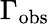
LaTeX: \Gamma_{\mathrm{obs}}